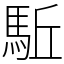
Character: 駈